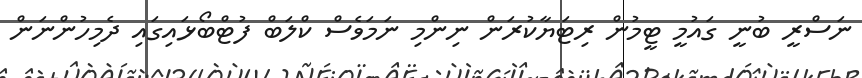
ނަސްރީ ބުނީ ގައުމީ ޓީމުން ރިޓަޔާކުރަން ނިންމި ނަމަވެސް ކްލަބް ފުޓްބޯޅައިގައި ދެމިހުންނަން